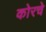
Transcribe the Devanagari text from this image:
कोरचे